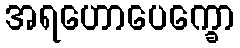
အရဟောပေက္ခော